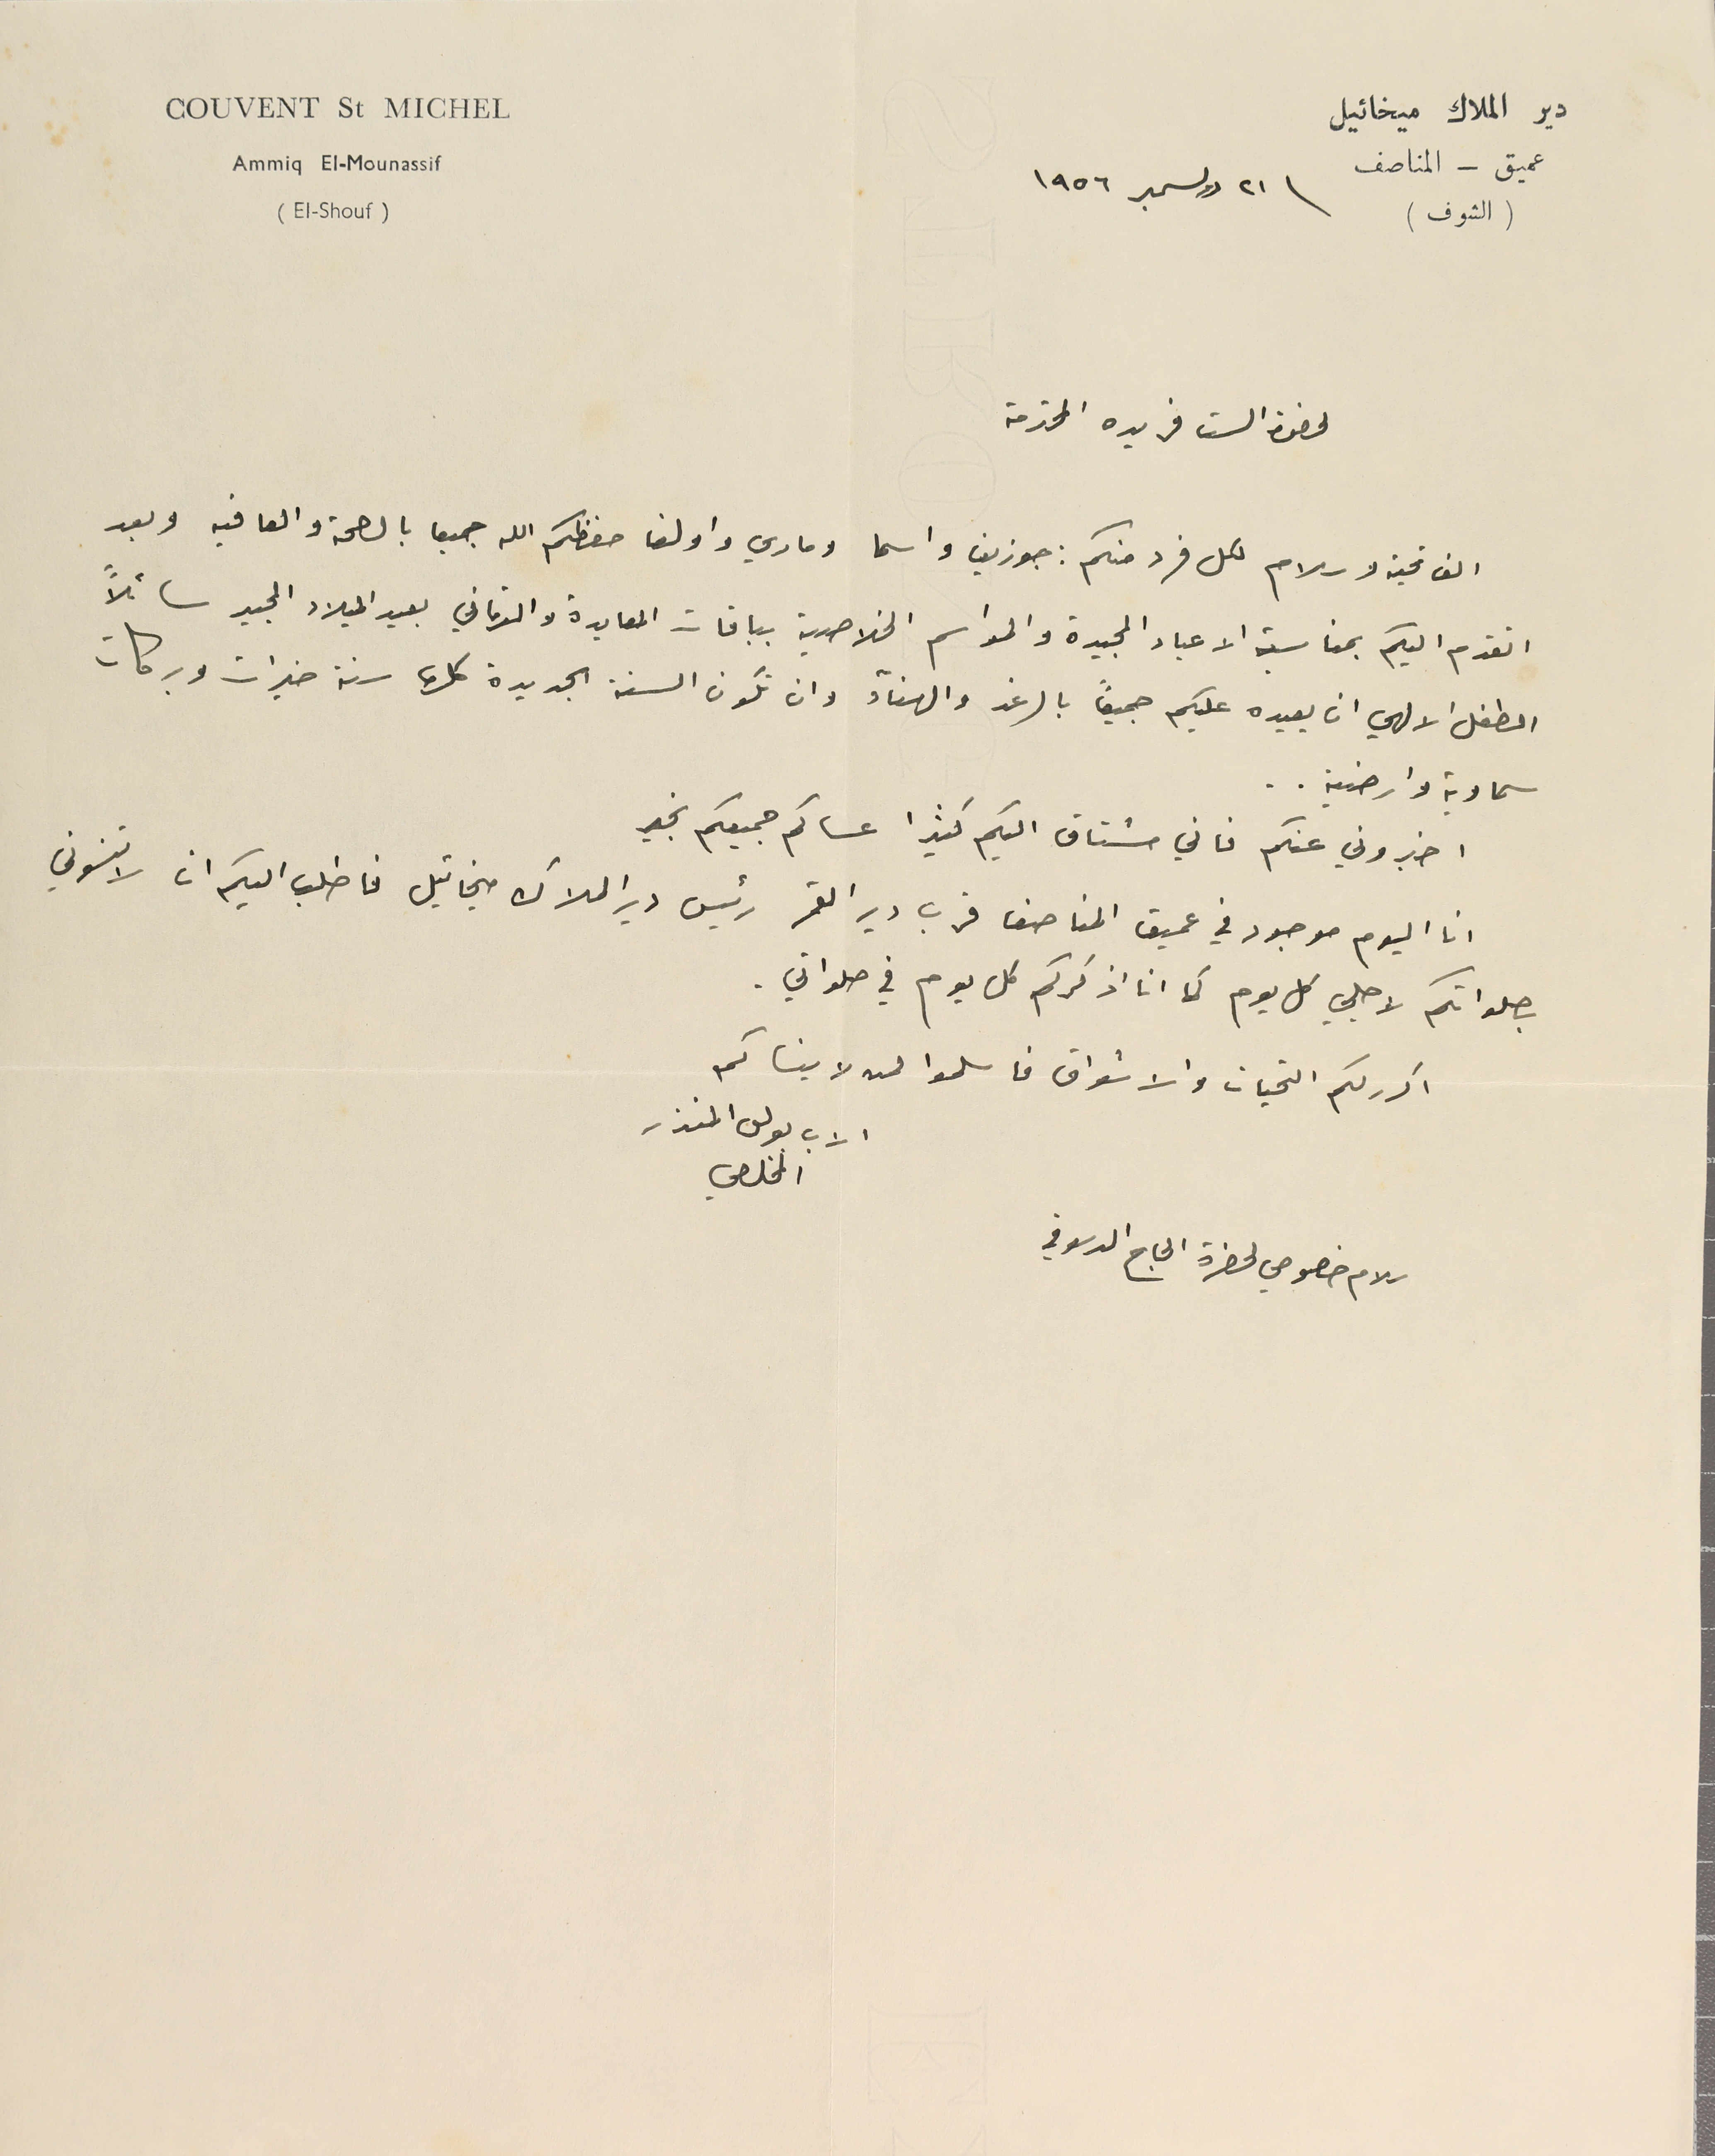
دير الملاك ميخائيل
 Ammiq El-Mounassif
(الشوف) \ ٢١ دوسمبر ١٩٥٦
لحضرة الست فريده المحترمة
الف تحية وسلام لكل فرد منكم: جوزيف واسما وماري واولغا حفظكم الله جميعا بالصحة والعافيه وبعد
اتقدم اليكم بمناسبة الاعياد المجيدة والمواسم الخلاصية بباقات المعايدة والتهاني بعيد الميلاد المجيد سائلاً
الطفل الالهي ان يعيده عليكم جميعاً بالرغد والهنآء وان تكون السنة الجديدة كلها سنة خيرات وبركات
سماوية وارضية..
اخبروني عنكم فاني مشتاق اليكم كثيرًا عساكم جميعكم بخير
انا اليوم موجود في عميق المناصف قرب دير القمر رئيس دير الملاك ميخائيل فاطلب اليكم ان لا تنسوني
بصلواتكم لاجلي كل يوم كما انا اذكركم كل يوم في صلواتي.
اكرر لكم التحيات والاشواق فاسلموا لمن لا ينساكم
الاب بولس المنذر المخلصي
سلام خصوصي لحضرة الحاج الدسوقي
عميق - المناصف
Couvent St Michel
(El-Shouf)